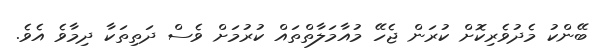
ބޭންކު މެދުވެރިކޮށް ކުރަން ޖެހޭ މުއާމަލާތްތައް ކުރުމަށް ވެސް ދަތިތަކާ ދިމާވެ އެވެ.